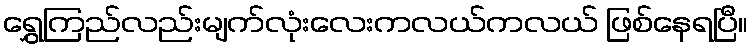
ရွှေကြည်လည်းမျက်လုံးလေးကလယ်ကလယ် ဖြစ်နေရပြီ။